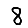
Digit: 8